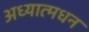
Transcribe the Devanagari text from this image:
अध्यात्मधन